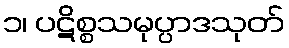
၁၊ ပဋိစ္စသမုပ္ပာဒသုတ်